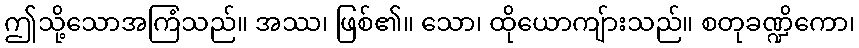
ဤသို့သောအကြံသည်။ အဿ၊ ဖြစ်၏။ သော၊ ထိုယောကျ်ားသည်။ စတုခဏ္ဍိကော၊